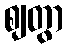
ဈတွာ